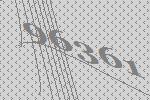
96361